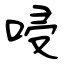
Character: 唚